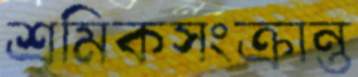
শ্রমিকসংক্রান্ত